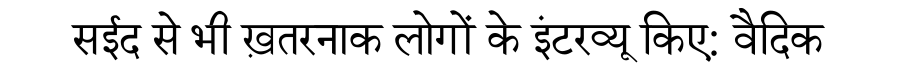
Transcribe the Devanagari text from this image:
सईद से भी ख़तरनाक लोगों के इंटरव्यू किए: वैदिक